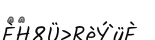
٦٠